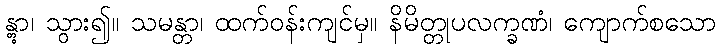
န္တွာ၊ သွား၍။ သမန္တာ၊ ထက်ဝန်းကျင်မှ။ နိမိတ္တုပလက္ခဏံ၊ ကျောက်စသော